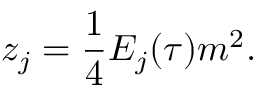
z _ { j } = { \frac { 1 } { 4 } } E _ { j } ( \tau ) m ^ { 2 } .